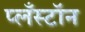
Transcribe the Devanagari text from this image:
प्लँस्टॉन